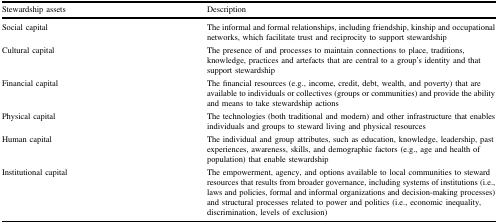
<table><thead><tr><td><b>Stewardship assets</b></td><td><b>Description</b></td></tr></thead><tbody><tr><td>Social capital</td><td>The informal and formal relationships, including friendship, kinship and occupational networks, which facilitate trust and reciprocity to support stewardship</td></tr><tr><td>Cultural capital</td><td>The presence of and processes to maintain connections to place, traditions, knowledge, practices and artefacts that are central to a group’s identity and that support stewardship</td></tr><tr><td>Financial capital</td><td>The financial resources (e.g., income, credit, debt, wealth, and poverty) that are available to individuals or collectives (groups or communities) and provide the ability and means to take stewardship actions</td></tr><tr><td>Physical capital</td><td>The technologies (both traditional and modern) and other infrastructure that enables individuals and groups to steward living and physical resources</td></tr><tr><td>Human capital</td><td>The individual and group attributes, such as education, knowledge, leadership, past experiences, awareness, skills, and demographic factors (e.g., age and health of population) that enable stewardship</td></tr><tr><td>Institutional capital</td><td>The empowerment, agency, and options available to local communities to steward resources that results from broader governance, including systems of institutions (i.e., laws and policies, formal and informal organizations and decision-making processes) and structural processes related to power and politics (i.e., economic inequality, discrimination, levels of exclusion)</td></tr></tbody></table>